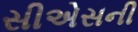
સીએસની